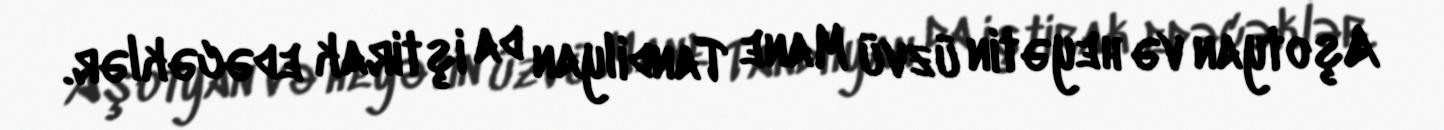
Aşotyan və heyətin üzvü Mane Tandilyan da iştirak edəcəklər.